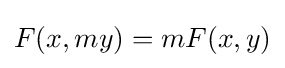
F(x,my)=mF(x,y)